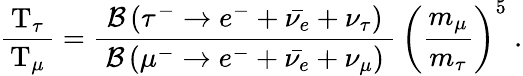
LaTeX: {\frac{\, \mathrm{T}_{\tau}\, }{\mathrm{T}_{\mu}}}={\frac{\; {\mathcal{B}}\left(\tau^{-}\rightarrow e^{-}+{\bar{\nu_{e}}}+\nu_{\tau}\right)\; }{{\mathcal{B}}\left(\mu^{-}\rightarrow e^{-}+{\bar{\nu_{e}}}+\nu_{\mu}\right)}}\, \left({\frac{m_{\mu}}{m_{\tau}}}\right)^{5}~.